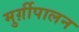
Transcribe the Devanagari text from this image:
मुर्ग़ीपालन